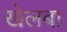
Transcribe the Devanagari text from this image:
खेलबा